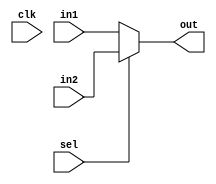

module mux2to1(
    input wire [31:0] in1,
    input wire [31:0] in2,
    input wire sel,
    output reg [31:0] out,
    input clk
    );
     
    always @(in1,in2,sel)
    begin
    if(sel == 0)
        out = in1;
    else
        out = in2;
    end   
	 
endmodule